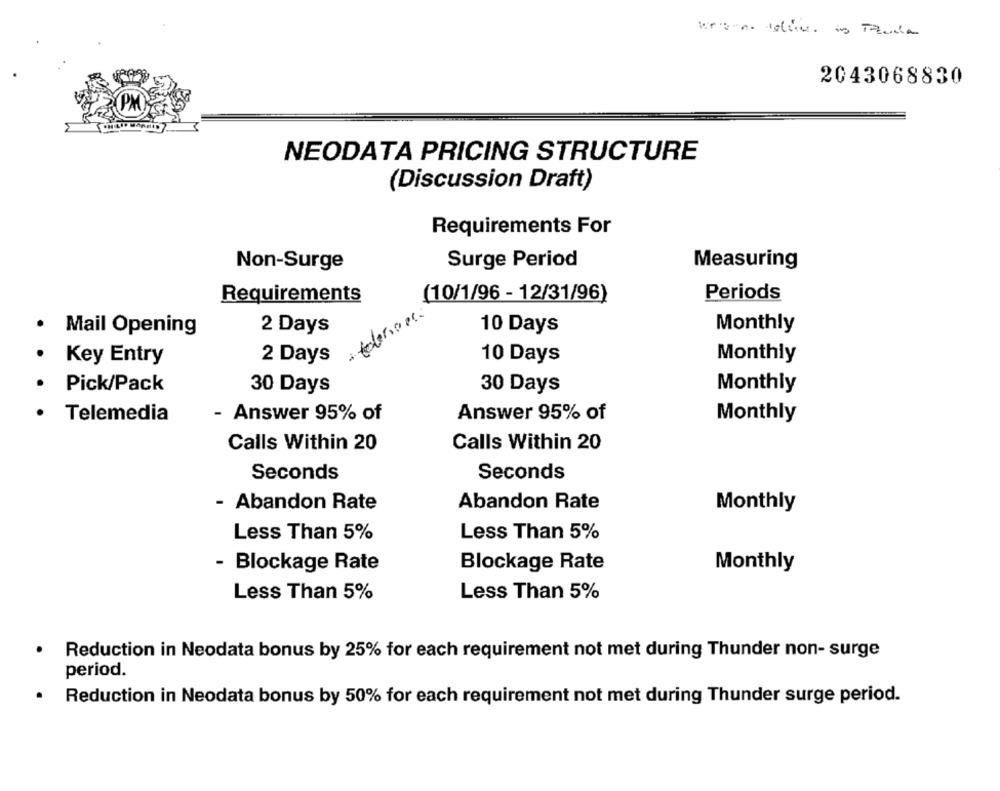
2043068830
NEODATA PRICING STRUCTURE
(Discussion Draft)
Requirements For
Non-Surge
Surge Period
Measuring
Requirements
(10/1/96 - 12/31/96)
Periods
telenor
· Mail Opening
2 Days
10 Days
Monthly
Key Entry
2 Days
10 Days
Monthly
· Pick/Pack
30 Days
30 Days
Monthly
Telemedia
- Answer 95% of
Answer 95% of
Monthly
Calls Within 20
Calls Within 20
Seconds
Seconds
- Abandon Rate
Abandon Rate
Monthly
Less Than 5%
Less Than 5%
- Blockage Rate
Blockage Rate
Monthly
Less Than 5%
Less Than 5%
.
Reduction in Neodata bonus by 25% for each requirement not met during Thunder non- surge
period.
Reduction in Neodata bonus by 50% for each requirement not met during Thunder surge period.